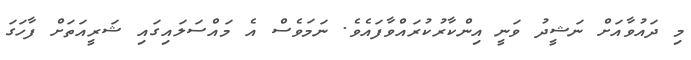
މި ދައުވާއަށް ނަޝީދު ވަނީ އިންކާރުކުރައްވާފައެވެ. ނަމަވެސް އެ މައްސަލައިގައި ޝަރީއަތަށް ފާހަގަ